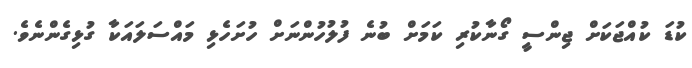
ކުޑަ ކުއްޖަކަށް ޖިންސީ ގޯނާކުރި ކަމަށް ބުނެ ފުލުހުންނަށް ހުށަހެޅި މައްސަލައަކާ ގުޅިގެންނެވެ.